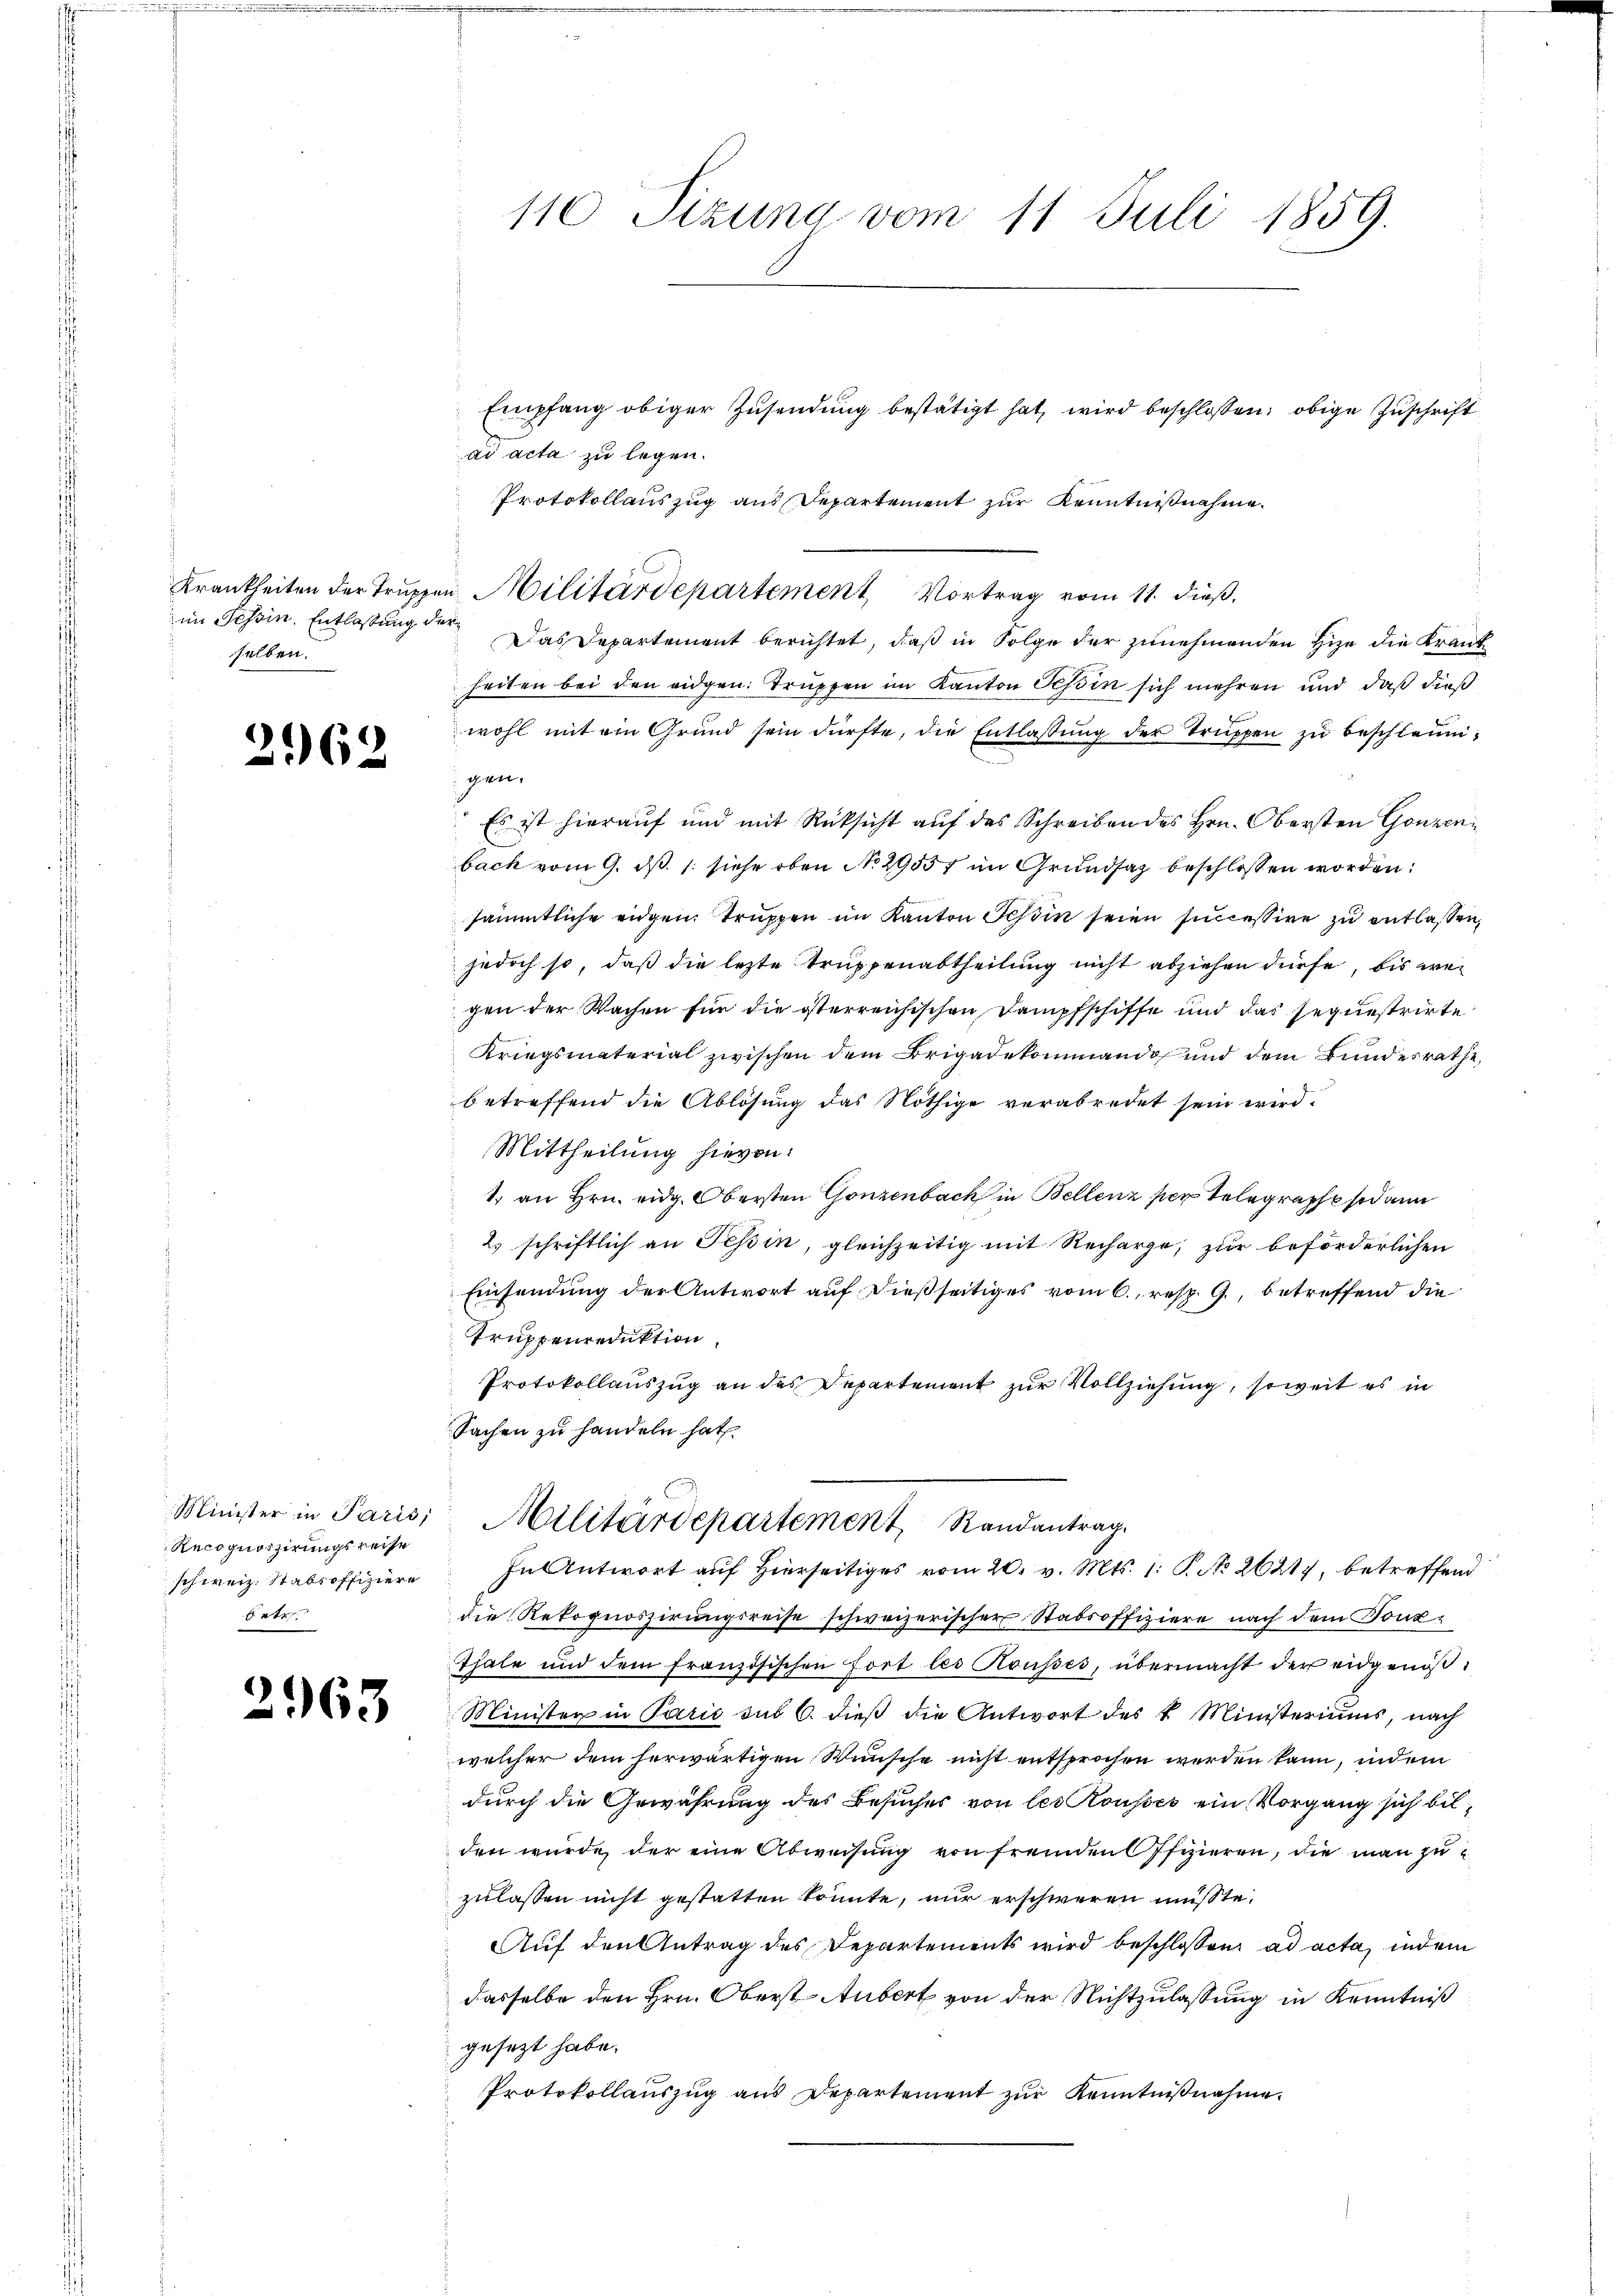
Krankheiten der Truppen
im Tessin. Entlassung der
selben.

2062

Minister in Paris,
Recognoszirungsreise
schweiz. Stabsoffiziere
bete

263

110 Sizung vom 11. Juli 1859.

Empfang obiger Zusendung bestätigt hat, wird beschlossen: obige Zuschrift
ad acta zu legen.
Protokollauszug aus Departement zur Kenntnißnahme.
u. Militärdepartement Vortrag vom 11. dieß.
Das Departement berichtet, daß in Folge der zunehmenden Hize die Krank
heiten bei den eidgen. Truppen im Kanton Tessin sich mehren und daß dieß
wohl mit ein Grund sein dürfte, die Entlassŭng der Truppen zu beschleunie
gen.
Es ist hierauf und mit Rücksicht auf das Schreiben des Hrn. Obersten Gonzen
bach vom 9. ds. 1. siehe oben No 29557 im Grundsaz beschlossen worden:
sämmtliche eidgen. Truppen im Kanton Tessin seien successive zu entlassen,
jedoch so, daß die lezte Truppenabtheilung nicht abziehen dürfe, bis wen
gen der Wachen für die österreichischen Dampfschiffe und das sequestrirte
Kriegsmaterial zwischen dem Brigadekommando und dem Bundesrathe,
betreffend die Ablösung das Nöthige verabredet sein wird.
Mittheilung hievon:
1 an Hrn. eidg. Obersten Ganzenbach in Bellenz per Telegraph sodann
2) schriftlich an Tessin, gleichzeitig mit Recharge, zur beförderlichen
Einsendung der Antwort auf dießseitiges vom 6., resp. 9., betreffend die
Truppenreduktion
Protokollauszug an des Departement zur Vollziehung, soweit es in
Sachen zu handeln hat.
Militärdepartement, Randantrag.
In Antwort auf Hierseitiges vom 20. v. Mts. 1. P. No 26217, betreffend
die Rekognoszirungsreise schweizerischer Stabsoffiziere nach dem Donz¬
Thale und dem französischen fort les Rousses, übermacht der eidgenöß¬
Minister in Paris sub 6. dieß die Antwort des k. Ministeriums, nach
welcher dem herwärtigen Wünsche nicht entsprochen werden kann, indem
durch die Gewährung des Besuches von les Rousses ein Vorgang sich bilden wurde der eine Abweisung von fremden Pfizieren, die man zu
zulassen nicht gestatten könnte, nur erschweren müsste.
Auf den Antrag des Departements wird beschlossen ad acta, indem
dasselbe den Hrn. Oberst Aubert von der Nichtzulassung in Kenntniß
gesezt habe.
Protokollaŭszŭg ans Departement zŭr Kenntniβnahme.